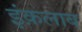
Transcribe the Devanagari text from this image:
इंक़लाब